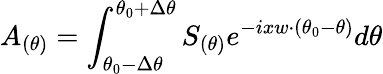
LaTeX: A_{(\theta)}=\int_{\theta_{0}-\Delta\theta}^{\theta_{0}+\Delta\theta}S_{(\theta)}e^{-ixw\cdot(\theta_{0}-\theta)}d\theta